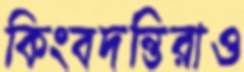
কিংবদন্তিরাও